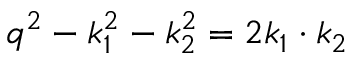
q ^ { 2 } - k _ { 1 } ^ { 2 } - k _ { 2 } ^ { 2 } = 2 k _ { 1 } \cdot k _ { 2 }